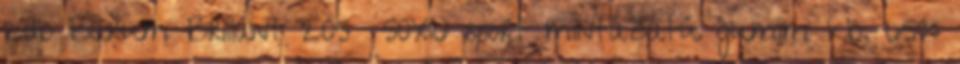
2db Barum Brillant 205 50X16 sport mintázatú gumim kb. 65%